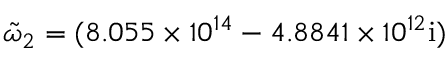
\tilde { \omega } _ { 2 } = ( 8 . 0 5 5 \times 1 0 ^ { 1 4 } - 4 . 8 8 4 1 \times 1 0 ^ { 1 2 } \mathrm { { i } ) }